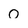
Character: 0